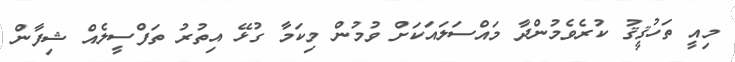
މިއީ ތަހުޤީޤު ކުރެވެމުންދާ މައްސަލައަކަށް ވުމުން މިކަމާ ގުޅޭ އިތުރު ތަފްސީލެއް ޝިފާން